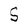
Character: S